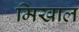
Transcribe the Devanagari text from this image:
मिखाल